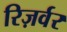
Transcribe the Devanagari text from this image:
रिज़र्वर